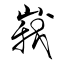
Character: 峩